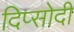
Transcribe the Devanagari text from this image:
दिप्सोदी